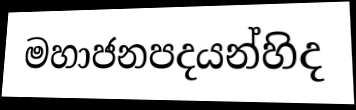
මහාජනපදයන්හිද